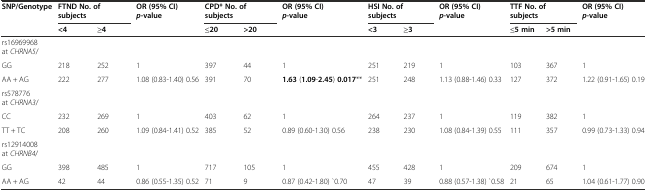
<table><thead><tr><td rowspan="2"><b>SNP/Genotype</b></td><td colspan="2"><b>FTND No. of subjects</b></td><td rowspan="2"><b>OR(95% CI)<i>p</i>-value</b></td><td colspan="2"><b>CPD* No. of subjects</b></td><td rowspan="2"><b>OR (95% CI) <i>p</i>-value</b></td><td colspan="2"><b>HSI No. of subjects</b></td><td rowspan="2"><b>OR (95% CI)<i>p</i>-value</b></td><td colspan="2"><b>TTF No. of subjects</b></td><td rowspan="2"><b>OR (95% CI) <i>p</i>-value</b></td></tr><tr><td><b>&lt;4</b></td><td><b>≥4</b></td><td><b>≤20</b></td><td><b>&gt;20</b></td><td><b>&lt;3</b></td><td><b>≥3</b></td><td><b>≤5 min</b></td><td><b>&gt;5 min</b></td></tr></thead><tbody><tr><td>rs16969968 at <i>CHRNA5</i>/</td><td></td><td></td><td></td><td></td><td></td><td></td><td></td><td></td><td></td><td></td><td></td><td></td></tr><tr><td>GG</td><td>218</td><td>252</td><td>1</td><td>397</td><td>44</td><td>1</td><td>251</td><td>219</td><td>1</td><td>103</td><td>367</td><td>1</td></tr><tr><td>AA + AG</td><td>222</td><td>277</td><td>1.08 (0.83-1.40) 0.56</td><td>391</td><td>70</td><td><b>1.63</b> (<b>1.09</b>-<b>2.45</b>) <b>0.017</b>**</td><td>251</td><td>248</td><td>1.13 (0.88-1.46) 0.33</td><td>127</td><td>372</td><td>1.22 (0.91-1.65) 0.19</td></tr><tr><td>rs578776 at <i>CHRNA3</i>/</td><td></td><td></td><td></td><td></td><td></td><td></td><td></td><td></td><td></td><td></td><td></td><td></td></tr><tr><td>CC</td><td>232</td><td>269</td><td>1</td><td>403</td><td>62</td><td>1</td><td>264</td><td>237</td><td>1</td><td>119</td><td>382</td><td>1</td></tr><tr><td>TT + TC</td><td>208</td><td>260</td><td>1.09 (0.84-1.41) 0.52</td><td>385</td><td>52</td><td>0.89 (0.60-1.30) 0.56</td><td>238</td><td>230</td><td>1.08 (0.84-1.39) 0.55</td><td>111</td><td>357</td><td>0.99 (0.73-1.33) 0.94</td></tr><tr><td>rs12914008 at <i>CHRNB4</i>/</td><td></td><td></td><td></td><td></td><td></td><td></td><td></td><td></td><td></td><td></td><td></td><td></td></tr><tr><td>GG</td><td>398</td><td>485</td><td>1</td><td>717</td><td>105</td><td>1</td><td>455</td><td>428</td><td>1</td><td>209</td><td>674</td><td>1</td></tr><tr><td>AA + AG</td><td>42</td><td>44</td><td>0.86 (0.55-1.35) 0.52</td><td>71</td><td>9</td><td>0.87 (0.42-1.80) `0.70</td><td>47</td><td>39</td><td>0.88 (0.57-1.38) `0.58</td><td>21</td><td>65</td><td>1.04 (0.61-1.77) 0.90</td></tr></tbody></table>